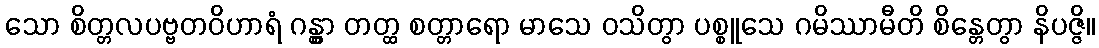
သော စိတ္တလပဗ္ဗတဝိဟာရံ ဂန္တွာ တတ္ထ စတ္တာရော မာသေ ဝသိတွာ ပစ္စူသေ ဂမိဿာမီတိ စိန္တေတွာ နိပဇ္ဇိ။